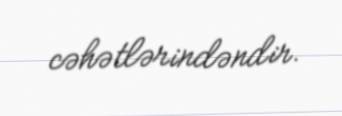
cəhətlərindəndir.